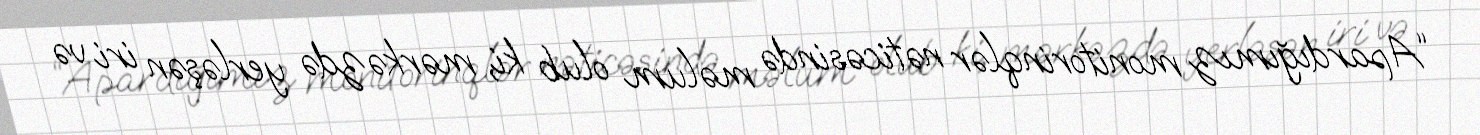
“Apardığımız monitorinqlər nəticəsində məlum olub ki, mərkəzdə yerləşən iri və